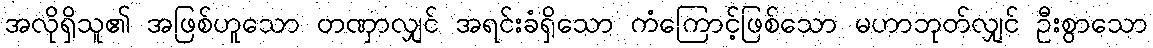
အလိုရှိသူ၏ အဖြစ်ဟူသော တဏှာလျှင် အရင်းခံရှိသော ကံကြောင့်ဖြစ်သော မဟာဘုတ်လျှင် ဦးစွာသော